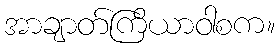
အာချာတ်ကြိယာဝါစက။